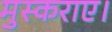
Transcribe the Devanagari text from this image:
मुस्कराए।